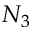
N _ { 3 }